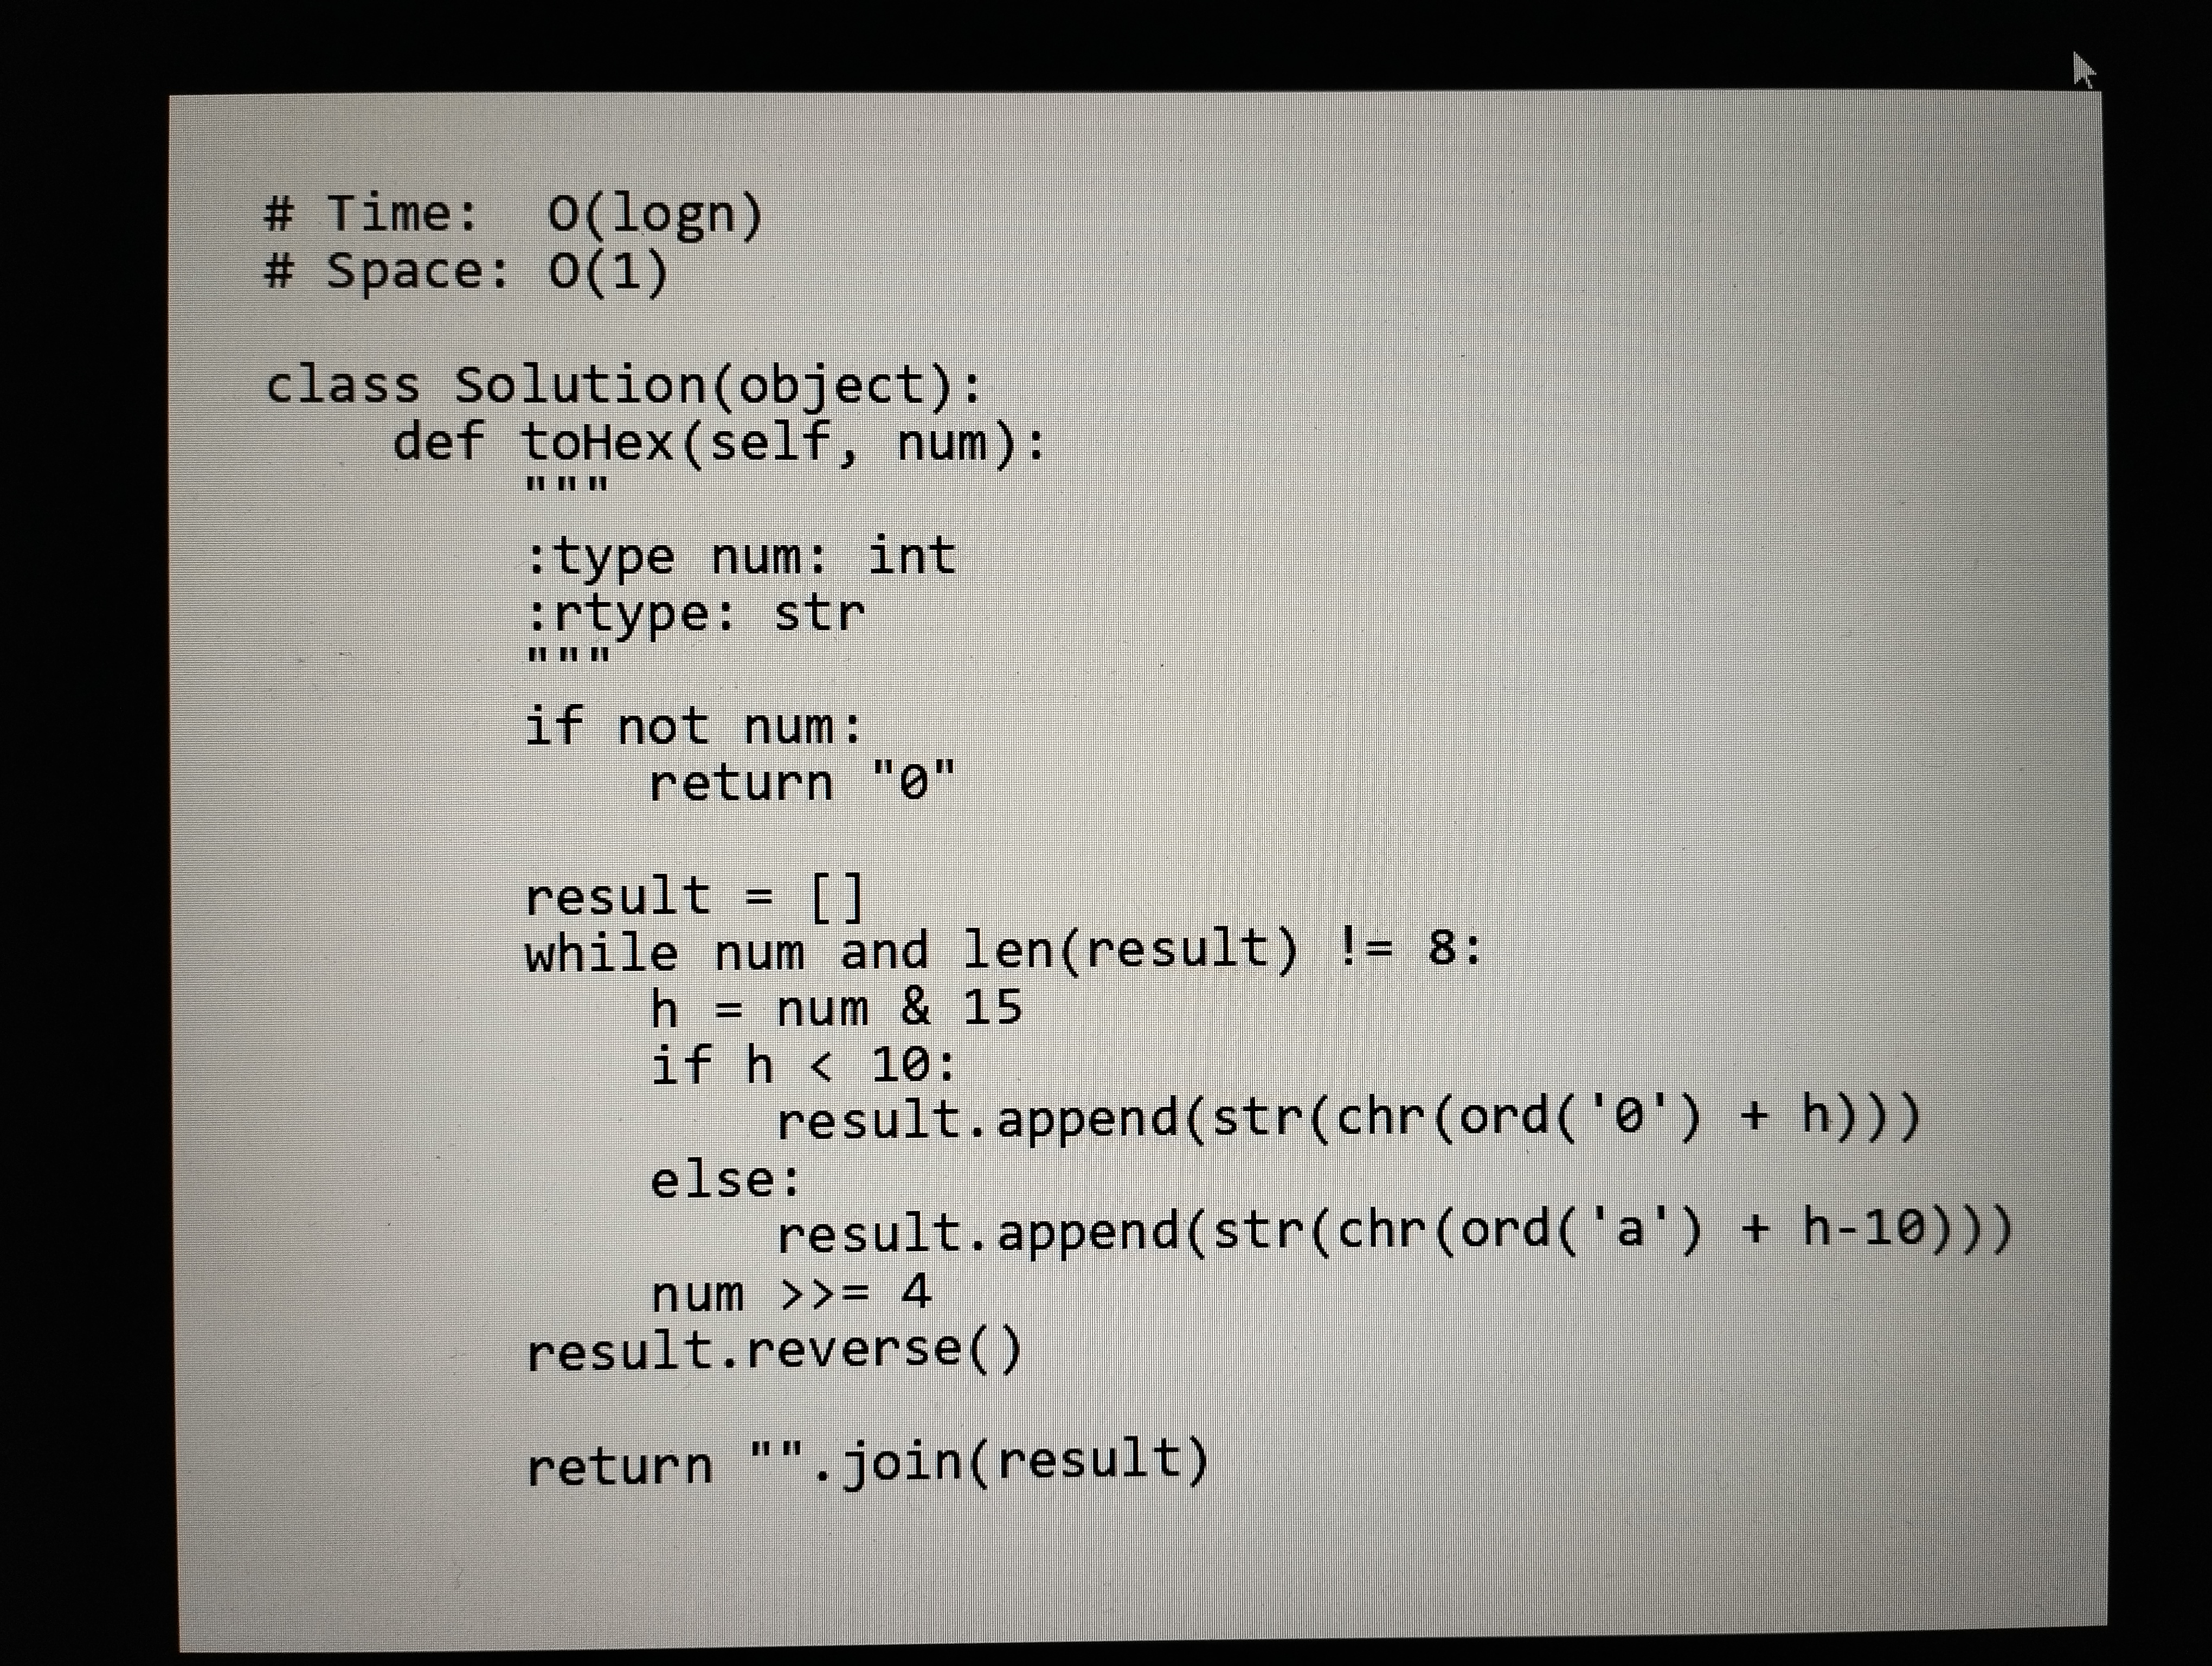
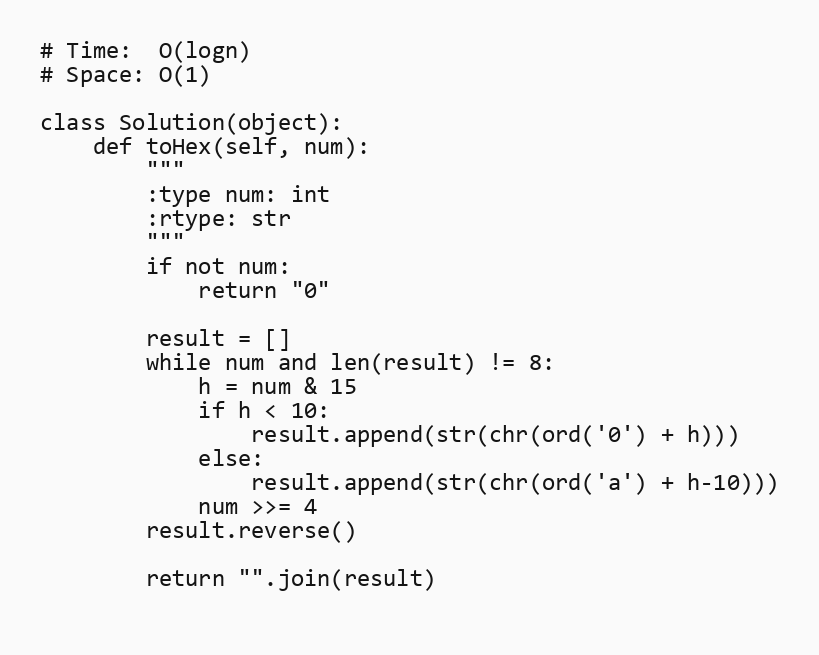
# Time:  O(logn)
# Space: O(1)

class Solution(object):
    def toHex(self, num):
        """
        :type num: int
        :rtype: str
        """
        if not num:
            return "0"

        result = []
        while num and len(result) != 8:
            h = num & 15
            if h < 10:
                result.append(str(chr(ord('0') + h)))
            else:
                result.append(str(chr(ord('a') + h-10)))
            num >>= 4
        result.reverse()

        return "".join(result)